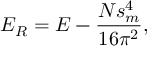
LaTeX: { \cal E } _ { \tiny R } = { \cal E } - \frac { N s _ { m } ^ { 4 } } { 1 6 \pi ^ { 2 } } ,